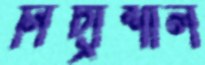
নিদ্রাশীল